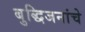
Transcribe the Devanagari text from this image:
बुद्धिजनांचे